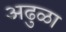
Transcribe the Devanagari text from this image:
अढुळा